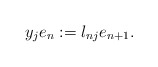
\begin{align*}y_j e_n := \l_{nj} e_{n+1}.\end{align*}